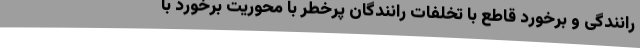
رانندگی و برخورد قاطع با تخلفات رانندگان پرخطر با محوریت برخورد با